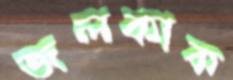
জলকাক